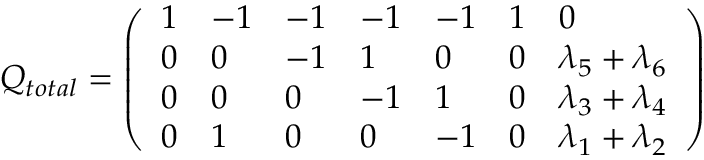
Q _ { t o t a l } = \left( \begin{array} { l l l l l l l } { { 1 } } & { { - 1 } } & { { - 1 } } & { { - 1 } } & { { - 1 } } & { { 1 } } & { { 0 } } \\ { { 0 } } & { { 0 } } & { { - 1 } } & { { 1 } } & { { 0 } } & { { 0 } } & { { \lambda _ { 5 } + \lambda _ { 6 } } } \\ { { 0 } } & { { 0 } } & { { 0 } } & { { - 1 } } & { { 1 } } & { { 0 } } & { { \lambda _ { 3 } + \lambda _ { 4 } } } \\ { { 0 } } & { { 1 } } & { { 0 } } & { { 0 } } & { { - 1 } } & { { 0 } } & { { \lambda _ { 1 } + \lambda _ { 2 } } } \end{array} \right)